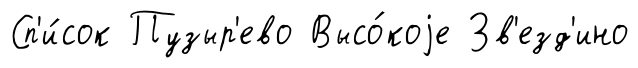
Сп'и́сок Пузыр'ево Высо́коjе Зв'езд'ино